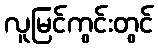
လူမြင်ကွင်းတွင်